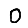
Digit: 0